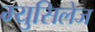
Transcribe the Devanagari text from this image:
म्युसिलेज